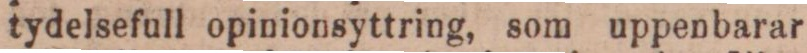
tydelsefull opinionsyttring, som uppenbarar